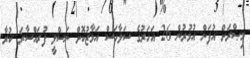
މިޞްރަށް އުފަން އުމުރުން 26 އަހަރުގެ ސަލާހަސް އަމާޒުކޮށް ނަސްލީ ފުރައްސާރަ ކުރާ